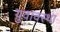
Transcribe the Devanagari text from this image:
युवावस्‍था